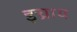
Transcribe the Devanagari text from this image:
इच्राय